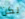
لكن